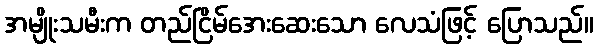
အမျိုးသမီးက တည်ငြိမ်အေးဆေးသော လေသံဖြင့် ပြောသည်။